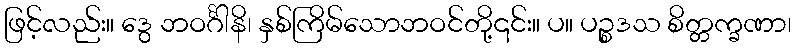
ဖြင့်လည်း။ ဒွေ ဘဝင်္ဂါနိ၊ နှစ်ကြိမ်သောဘဝင်တို့၎င်း။ ပ။ ပဉ္စဒသ စိတ္တက္ခဏာ၊